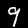
Digit: 9